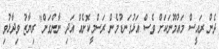
ދެން ރައީސް މައުމޫނަކަށް ވެސް އަޅުގަނޑުމެން ރަސްމީކޮށެއް އަދި ނާންގަން" ރިޔާޒު ވިދާޅުވި